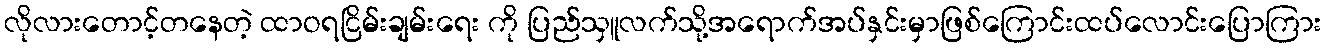
လိုလားတောင့်တနေတဲ့ ထာဝရငြိမ်းချမ်းရေး ကို ပြည်သှူလက်သို့အရောက်အပ်နှင်းမှာဖြစ်ကြောင်းထပ်လောင်းပြောကြား